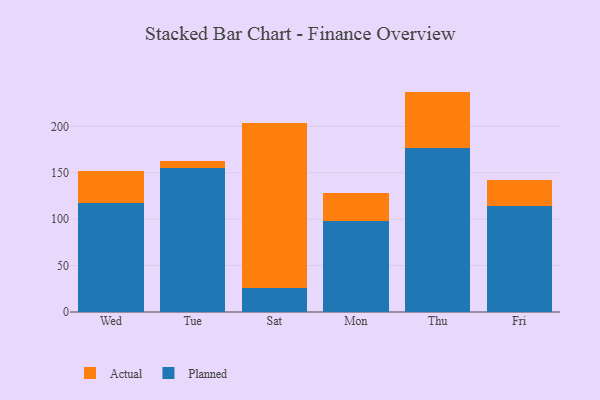
{"axis": {"x": "Day", "y": "Gross Profit (USD K)"}, "legend": ["Actual", "Planned"], "data": [{"x": "Wed", "y": 117.0, "type": "Planned"}, {"x": "Wed", "y": 35.0, "type": "Actual"}, {"x": "Tue", "y": 154.9, "type": "Planned"}, {"x": "Tue", "y": 7.5, "type": "Actual"}, {"x": "Sat", "y": 25.4, "type": "Planned"}, {"x": "Sat", "y": 178.3, "type": "Actual"}, {"x": "Mon", "y": 97.6, "type": "Planned"}, {"x": "Mon", "y": 30.9, "type": "Actual"}, {"x": "Thu", "y": 176.6, "type": "Planned"}, {"x": "Thu", "y": 60.8, "type": "Actual"}, {"x": "Fri", "y": 114.6, "type": "Planned"}, {"x": "Fri", "y": 27.1, "type": "Actual"}]}